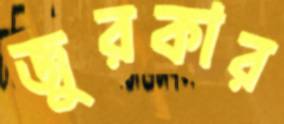
জুরকার